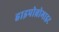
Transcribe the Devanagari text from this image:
हाइपोब्रोमाइट